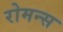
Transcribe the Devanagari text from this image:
रोमन्स